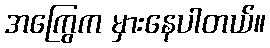
အကြွေက မှားနေပါတယ်။